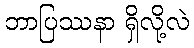
ဘာပြဿနာ ရှိလို့လဲ